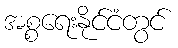
အစ္စရေးနိုင်ငံတွင်